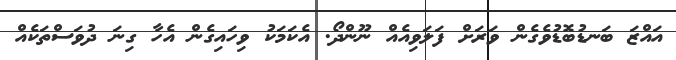
އައްޒަ ބަނޑުބޮޑުވެގެން ވަރަށް ފަލަވިއެއް ނޫންދޯ. އެކަމަކު ވިހައިގެން އެހާ ގިނަ ދުވަސްތަކެއް